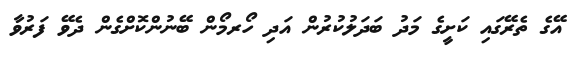
އޭގެ ތެރޭގައި ކަށީގެ މަދު ބަދަލުކުރުން އަދި ހޯރމޯން ބޭނުންކޮށްގެން ދެވޭ ފަރުވާ